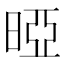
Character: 𰖐